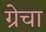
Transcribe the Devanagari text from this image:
ग्रेचा